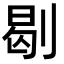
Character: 㓭